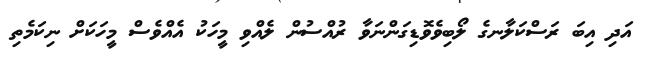
އަދި އިބަ ރަސްކަލާނގެ ލޯބިވެވޮޑިގަންނަވާ ރުއްސުން ލެއްވި މީހަކު އެއްވެސް މީހަކަށް ނިކަމެތި